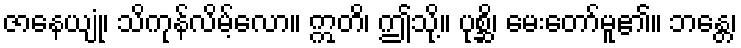
ဇာနေယျုံ၊ သိကုန်လိမ့်လော။ ဣတိ၊ ဤသို့။ ပုစ္ဆိ၊ မေးတော်မူ၏။ ဘန္တေ၊